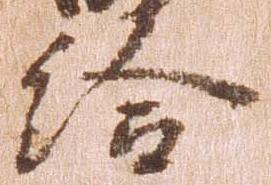
給